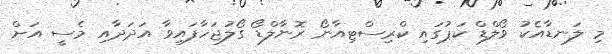
މި ލަނޑާއެކު ވޯލްޑް ކަޕުގައި ކްރިސްޓިއާނޯ ރޮނާލްޑޯ ގޯލުޖަހާފައިވާ އަދަދާއި މެސީ އަށް